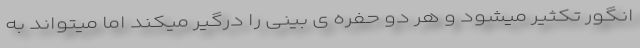
انگور تکثیر میشود و هر دو حفره ی بینی را درگیر میکند اما میتواند به